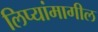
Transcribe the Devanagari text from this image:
लिप्यांमागील